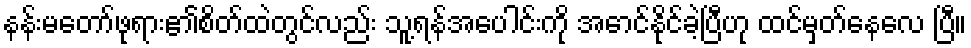
နန်းမတော်ဖုရား၏စိတ်ထဲတွင်လည်း သူ့ရန်အပေါင်းကို အောင်နိုင်ခဲ့ပြီဟု ထင်မှတ်နေလေ ပြီ။